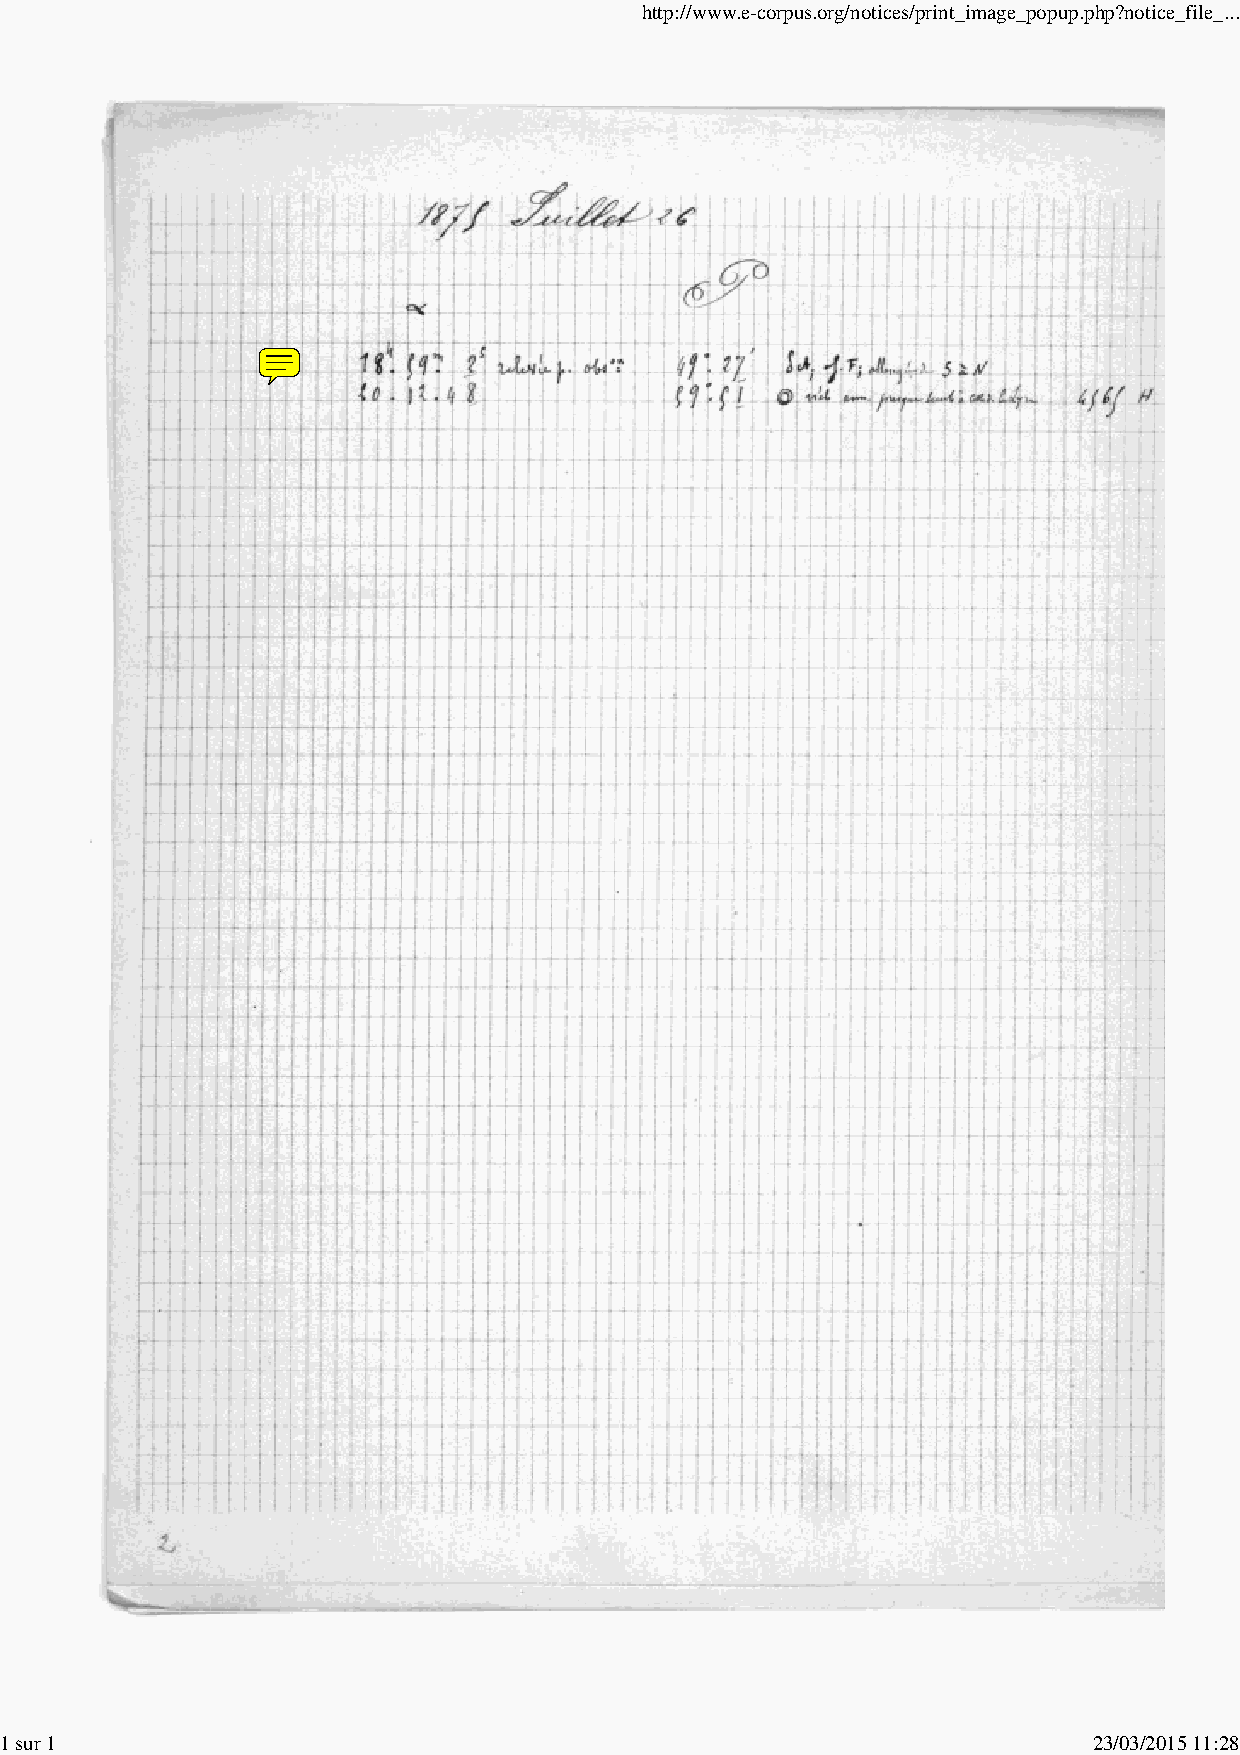
http://www.e-corpus.org/notices/print_image_popup.php?notice_file_...
 1 sur 1                                                                 23/03/2015 11:28